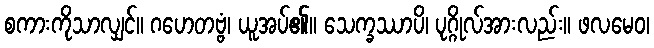
စကားကိုသာလျှင်။ ဂဟေတဗ္ဗံ၊ ယူအပ်၏။ သေက္ခဿာပိ၊ ပုဂ္ဂိုလ်အားလည်း။ ဖလမေဝ၊